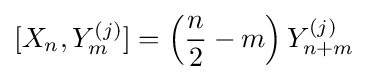
[X_{n},Y_{m}^{(j)}]=\left({n \over 2}-m\right)Y_{n+m}^{(j)}